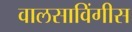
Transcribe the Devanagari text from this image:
वालसाविंगीस